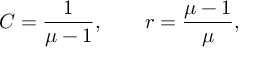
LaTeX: C = { \frac { 1 } { \mu - 1 } } , \quad \quad r = { \frac { \mu - 1 } { \mu } } ,